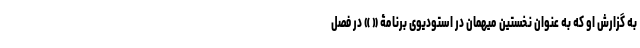
به گزارش او که به عنوان نخستین میهمان در استودیوی برنامۀ « » در فصل